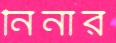
নিনার